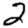
Digit: 2